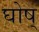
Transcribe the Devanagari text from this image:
घोष्